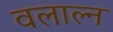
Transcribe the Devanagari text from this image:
वलाल्न